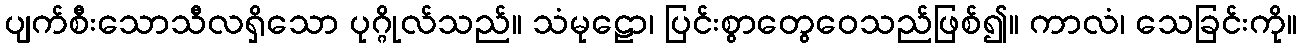
ပျက်စီးသောသီလရှိသော ပုဂ္ဂိုလ်သည်။ သံမုဠော၊ ပြင်းစွာတွေဝေသည်ဖြစ်၍။ ကာလံ၊ သေခြင်းကို။